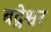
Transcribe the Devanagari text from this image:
बद्रेश्वर